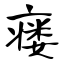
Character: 瘘